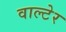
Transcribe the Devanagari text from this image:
वाल्टेर